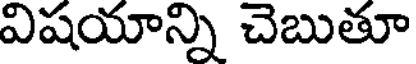
విషయాన్ని చెబుతూ